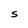
Character: s